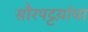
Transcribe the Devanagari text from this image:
सौरपट्टय़ांचा